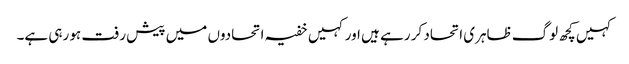
کہیں کچھ لوگ ظاہری اتحاد کر رہے ہیں اور کہیں خفیہ اتحادوں میں پیش رفت ہو رہی ہے۔